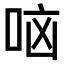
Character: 𫩷